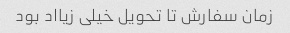
زمان سفارش تا تحویل خیلی زیااد بود